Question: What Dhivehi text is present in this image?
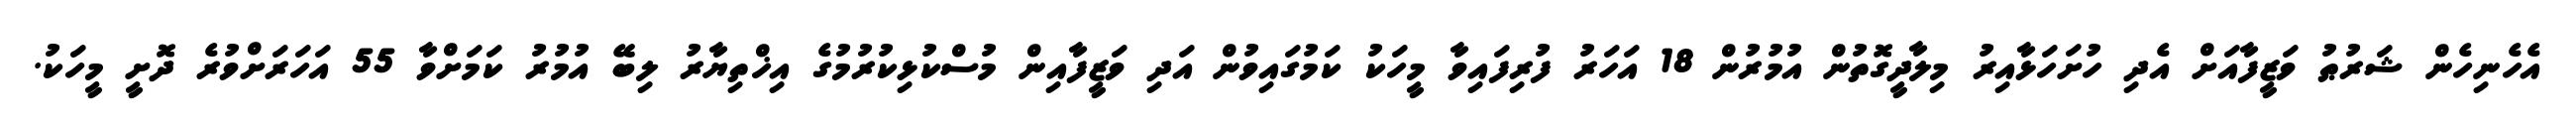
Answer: އެހެނިހެން ޝަރުޠު ވަޒީފާއަށް އެދި ހުށަހަޅާއިރު މިލާދީގޮތުން އުމުރުން 18 އަހަރު ފުރިފައިވާ މީހަކު ކަމުގައިވުން އަދި ވަޒީފާއިން މުސްކުޅިކުރުމުގެ އިޚްތިޔާރު ލިބޭ އުމުރު ކަމަށްވާ 55 އަހަރަށްވުރެ ދޮށީ މީހަކު.